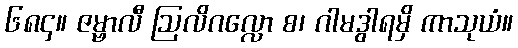
၆၈၄။ ဇမ္ဗာလီ ဩလိဂလ္လော စ၊ ဂါမဒွါရမှိ ကာသုယံ။